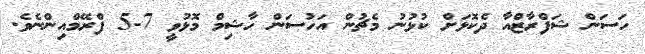
ހަސަން ޝަފްރާޒްއާ ދެކޮޅަށް ކުޅުނު މެޗުން އަހުސަން ހާޝިމް މޮޅުވީ 7-5 ފްރޭމްއިންނެވެ.